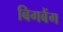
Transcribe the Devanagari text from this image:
बिगबैंग